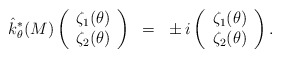
\begin{align*}\hat k^*_\theta(M)\left(\begin{array}{c}\zeta_1(\theta)\\\zeta_2(\theta)\\\end{array}\right)~=~\pm i \left(\begin{array}{c}\zeta_1(\theta)\\\zeta_2(\theta)\\\end{array}\right).\end{align*}